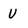
Character: u